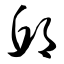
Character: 邱